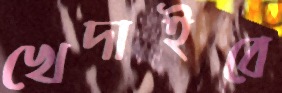
খেদাইবে